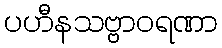
ပဟီနသဗ္ဗာဝရဏာ